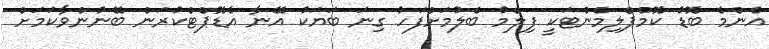
އެންމެ ބޮޑު ކޮމްޕްލިމެންޓަކީ ފިލްމު ބެލުމަށްފަހު ގިނަ ބަޔަކު އޭނާ އެޑޮޕްޓްކުރަން ބޭނުންވާކަމަށް